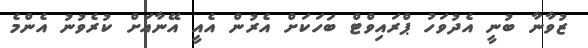
ޒުވާނާ ބުނީ އެދުވަހު ޕްރައިވްޓް ބަހަކަށް އެރުން އެއީ އޭނާއަށް ކުރެވުނު އެންމެ